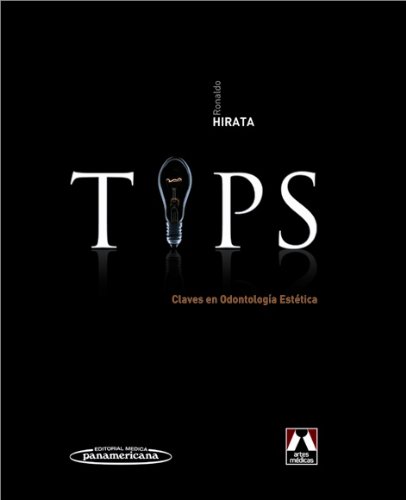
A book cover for Tips. Claves en odontologÃ­a estÃ©tica (Spanish Edition); Ronaldo Hirata; Medical Books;